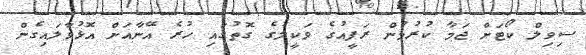
ސިވިލް ކޯޓަށް ޖަމާ ކުރުމުން ރަފީއުގެ ވަކީލުގެ ގޮތުގައި ހުރެ އޭނާއަށް އޮޅުވާލައިގެން